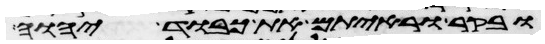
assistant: ובקר וראיתם את כבוד יהוה